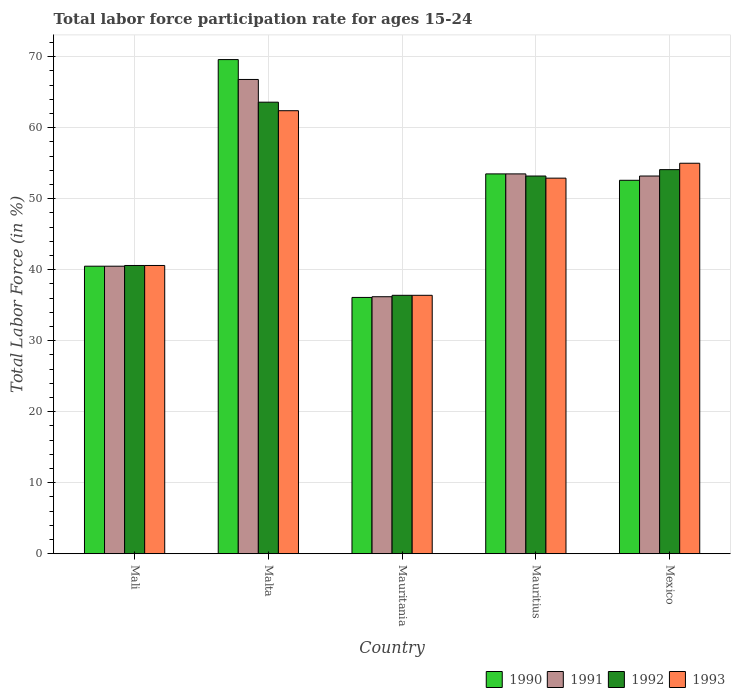
| Country | 1990 | 1991 | 1992 | 1993 |
 | --- | --- | --- | --- | --- |
 | Mali | 40.5 | 40.5 | 40.6 | 40.6 |
 | Malta | 69.6 | 66.8 | 63.6 | 62.4 |
 | Mauritania | 36.1 | 36.2 | 36.4 | 36.4 |
 | Mauritius | 53.5 | 53.5 | 53.2 | 52.9 |
 | Mexico | 52.6 | 53.2 | 54.1 | 55 |